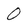
Character: 0